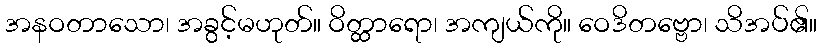
အနဝတာသော၊ အခွင့်မဟုတ်။ ဝိတ္ထာရော၊ အကျယ်ကို။ ဝေဒိတဗ္ဗော၊ သိအပ်၏။